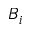
B _ { i }